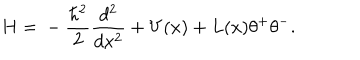
LaTeX: H = { } - \frac { \hbar ^ { 2 } } { 2 } \frac { d ^ { 2 } } { d x ^ { 2 } } + V ( x ) + L ( x ) \theta ^ { + } \theta ^ { - } .